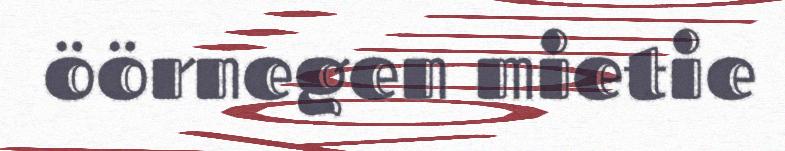
öörnegen mietie